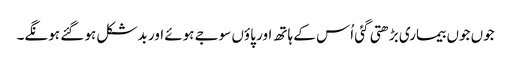
جوں جوں بیماری بڑھتی گئی اُس کے ہاتھ اور پاؤں سوجے ہوئے اور بدشکل ہو گئے ہونگے۔